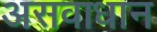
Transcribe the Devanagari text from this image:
असवाधान